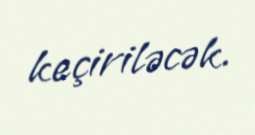
keçiriləcək.